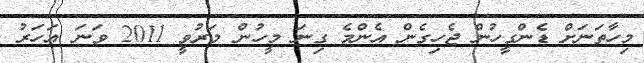
މިހާތަނަށް ޑެންގީހުން ޖެހިގެން އެންމެ ގިނަ މީހުން މަރުވީ 2011 ވަނަ އަހަރު